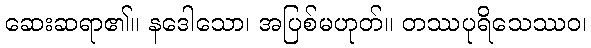
ဆေးဆရာ၏။ နဒေါသော၊ အပြစ်မဟုတ်။ တဿပုရိသေဿဝ၊